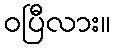
ဝပြီလား။